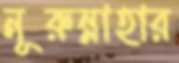
নূরুন্নাহার